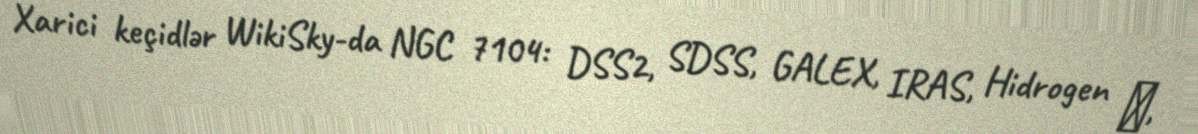
Xarici keçidlər WikiSky-da NGC 7104: DSS2, SDSS, GALEX, IRAS, Hidrogen α,